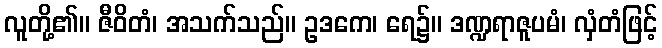
လူတို့၏။ ဇီဝိတံ၊ အသက်သည်။ ဥဒကေ၊ ရေ၌။ ဒဏ္ဍရာဇူပမံ၊ လှံတံဖြင့်